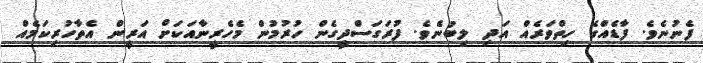
ފެނުނެވެ. ފާޑެއްގެ ހިތްވަރެއް އަދި ލިބުނެވެ. ފުރަގަސްދީގެން ހުރުމުން މެހެރީނާއަކަށް އަރީން އެތާހުރިކަމެއް